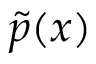
\widetilde { p } ( \boldsymbol { x } )